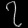
Digit: ၇